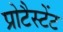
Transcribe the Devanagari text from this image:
प्रोटैस्टेंट